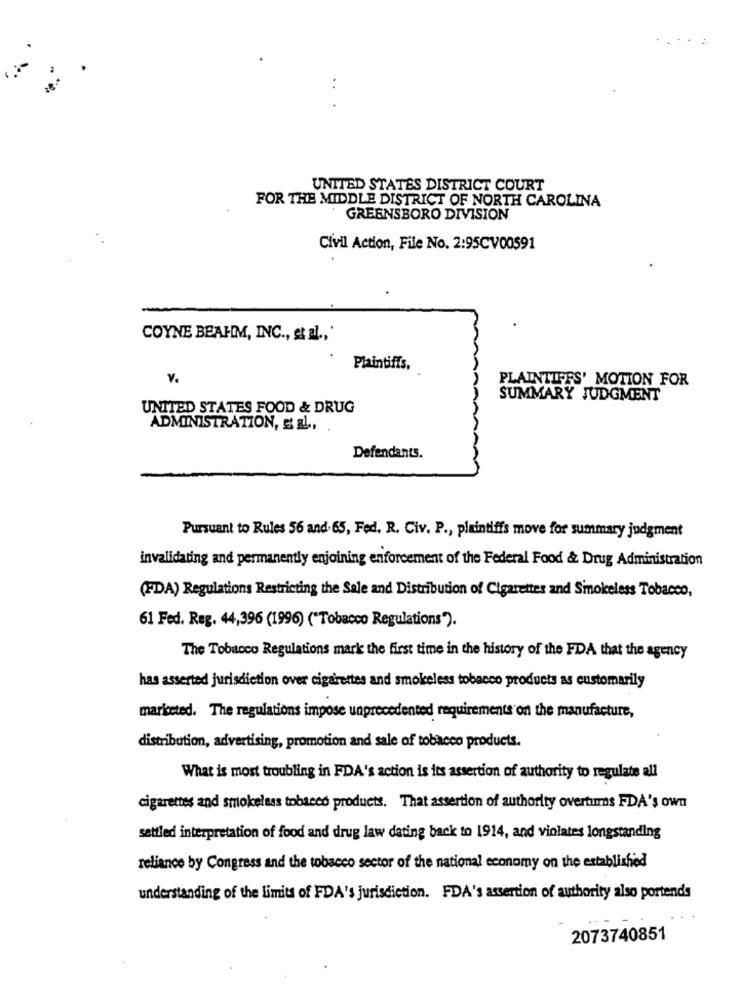
..
UNITED STATES DISTRICT COURT
FOR THE MIDDLE DISTRICT OF NORTH CAROLINA
GREENSBORO DIVISION
Civil Action, File No. 2:95CV00591
COYNE BEAHM, INC ., et al ., '
Plaintiffs.
v.
PLAINTIFFS' MOTION FOR
SUMMARY JUDGMENT
UNITED STATES FOOD & DRUG
ADMINISTRATION, E al .,
Defendants.
Pursuant to Rules 56 and.65, Fed. R. Civ. P ., plaintiffs move for summary judgment
invalidating and permanently enjoining enforcement of the Federal Food & Drug Administration
(FDA) Regulations Restricting the Sale and Distribution of Cigarettes and Smokeless Tobacco,
61 Fed. Reg. 44,396 (1996) ("Tobacco Regulations").
The Tobacco Regulations mark the first time in the history of the FDA that the agency
has asserted jurisdiction over cigarettes and smokeless tobacco products as customarily
mariceted. The regulations impose unprecedented requirements on the manufacture,
distribution, advertising, promotion and sale of tobacco products.
What is most troubling in FDA's action is its assertion of authority to regulate all
cigarettes and smokeless tobacco products. That assertion of authority overtums FDA's own
settled interpretation of food and drug law dating back to 1914, and violates longstanding
reliance by Congress and the tobacco sector of the national economy on the established
understanding of the limits of FDA's jurisdiction. FDA's assertion of authority also portends
2073740851